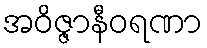
အဝိဇ္ဇာနီဝရဏာ